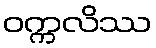
ဝက္ကလိဿ